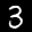
Label: 3